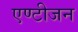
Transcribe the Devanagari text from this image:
एण्टीजन